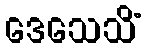
ဒေသေသိံ